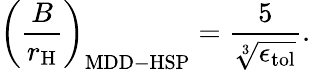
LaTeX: \left(\frac{B}{r_{\mathrm{{H}}}}\right)_{\mathrm{{MDD-HSP}}}=\frac{5}{\sqrt[3]{\epsilon_{\mathrm{{tol}}}}}.